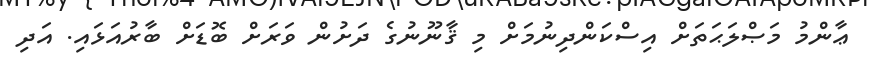
ޢާންމު މަޞްލަޙަތަށް އިސްކަންދިނުމަށް މި ޤާނޫނުގެ ދަށުން ވަރަށް ބޮޑަށް ބާރުއަޅައި. އަދި